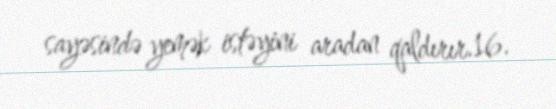
sayəsində yemək istəyini aradan qaldırır.16.